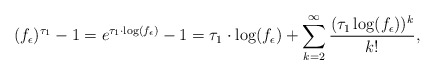
\begin{align*}(f_{\epsilon})^{\tau_1}-1=e^{\tau_1\cdot\log(f_{\epsilon})}-1=\tau_1\cdot\log (f_{\epsilon})+\sum\limits_{k=2}^{\infty}\frac{(\tau_1\log (f_{\epsilon}))^k}{k!},\end{align*}